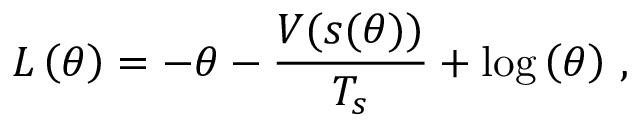
L \left( \theta \right) = - \theta - \frac { V ( s ( \theta ) ) } { T _ { s } } + \log \left( \theta \right) \, ,